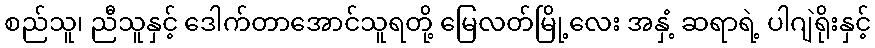
စည်သူ၊ ညီသူနှင့် ဒေါက်တာအောင်သူရတို့ မြေလတ်မြို့လေး အနှံ့ ဆရာရဲ့ ပါဂျဲရိုးနှင့်